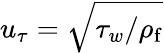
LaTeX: u_{\tau}=\sqrt{\tau_{w}/\rho_{\mathrm{f}}}